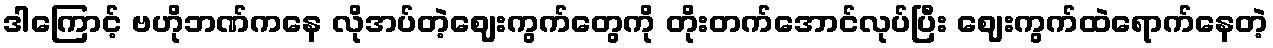
ဒါကြောင့် ဗဟိုဘဏ်ကနေ လိုအပ်တဲ့ဈေးကွက်တွေကို တိုးတက်အောင်လုပ်ပြီး ဈေးကွက်ထဲရောက်နေတဲ့